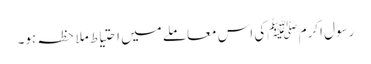
رسول اکرم ﷺکی اس معاملے میں احتیاط ملاحظہ ہو۔